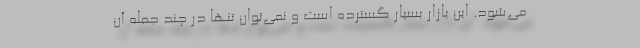
می‌شود. این بازار بسیار گسترده است و نمی‌توان تنها در چند جمله آن